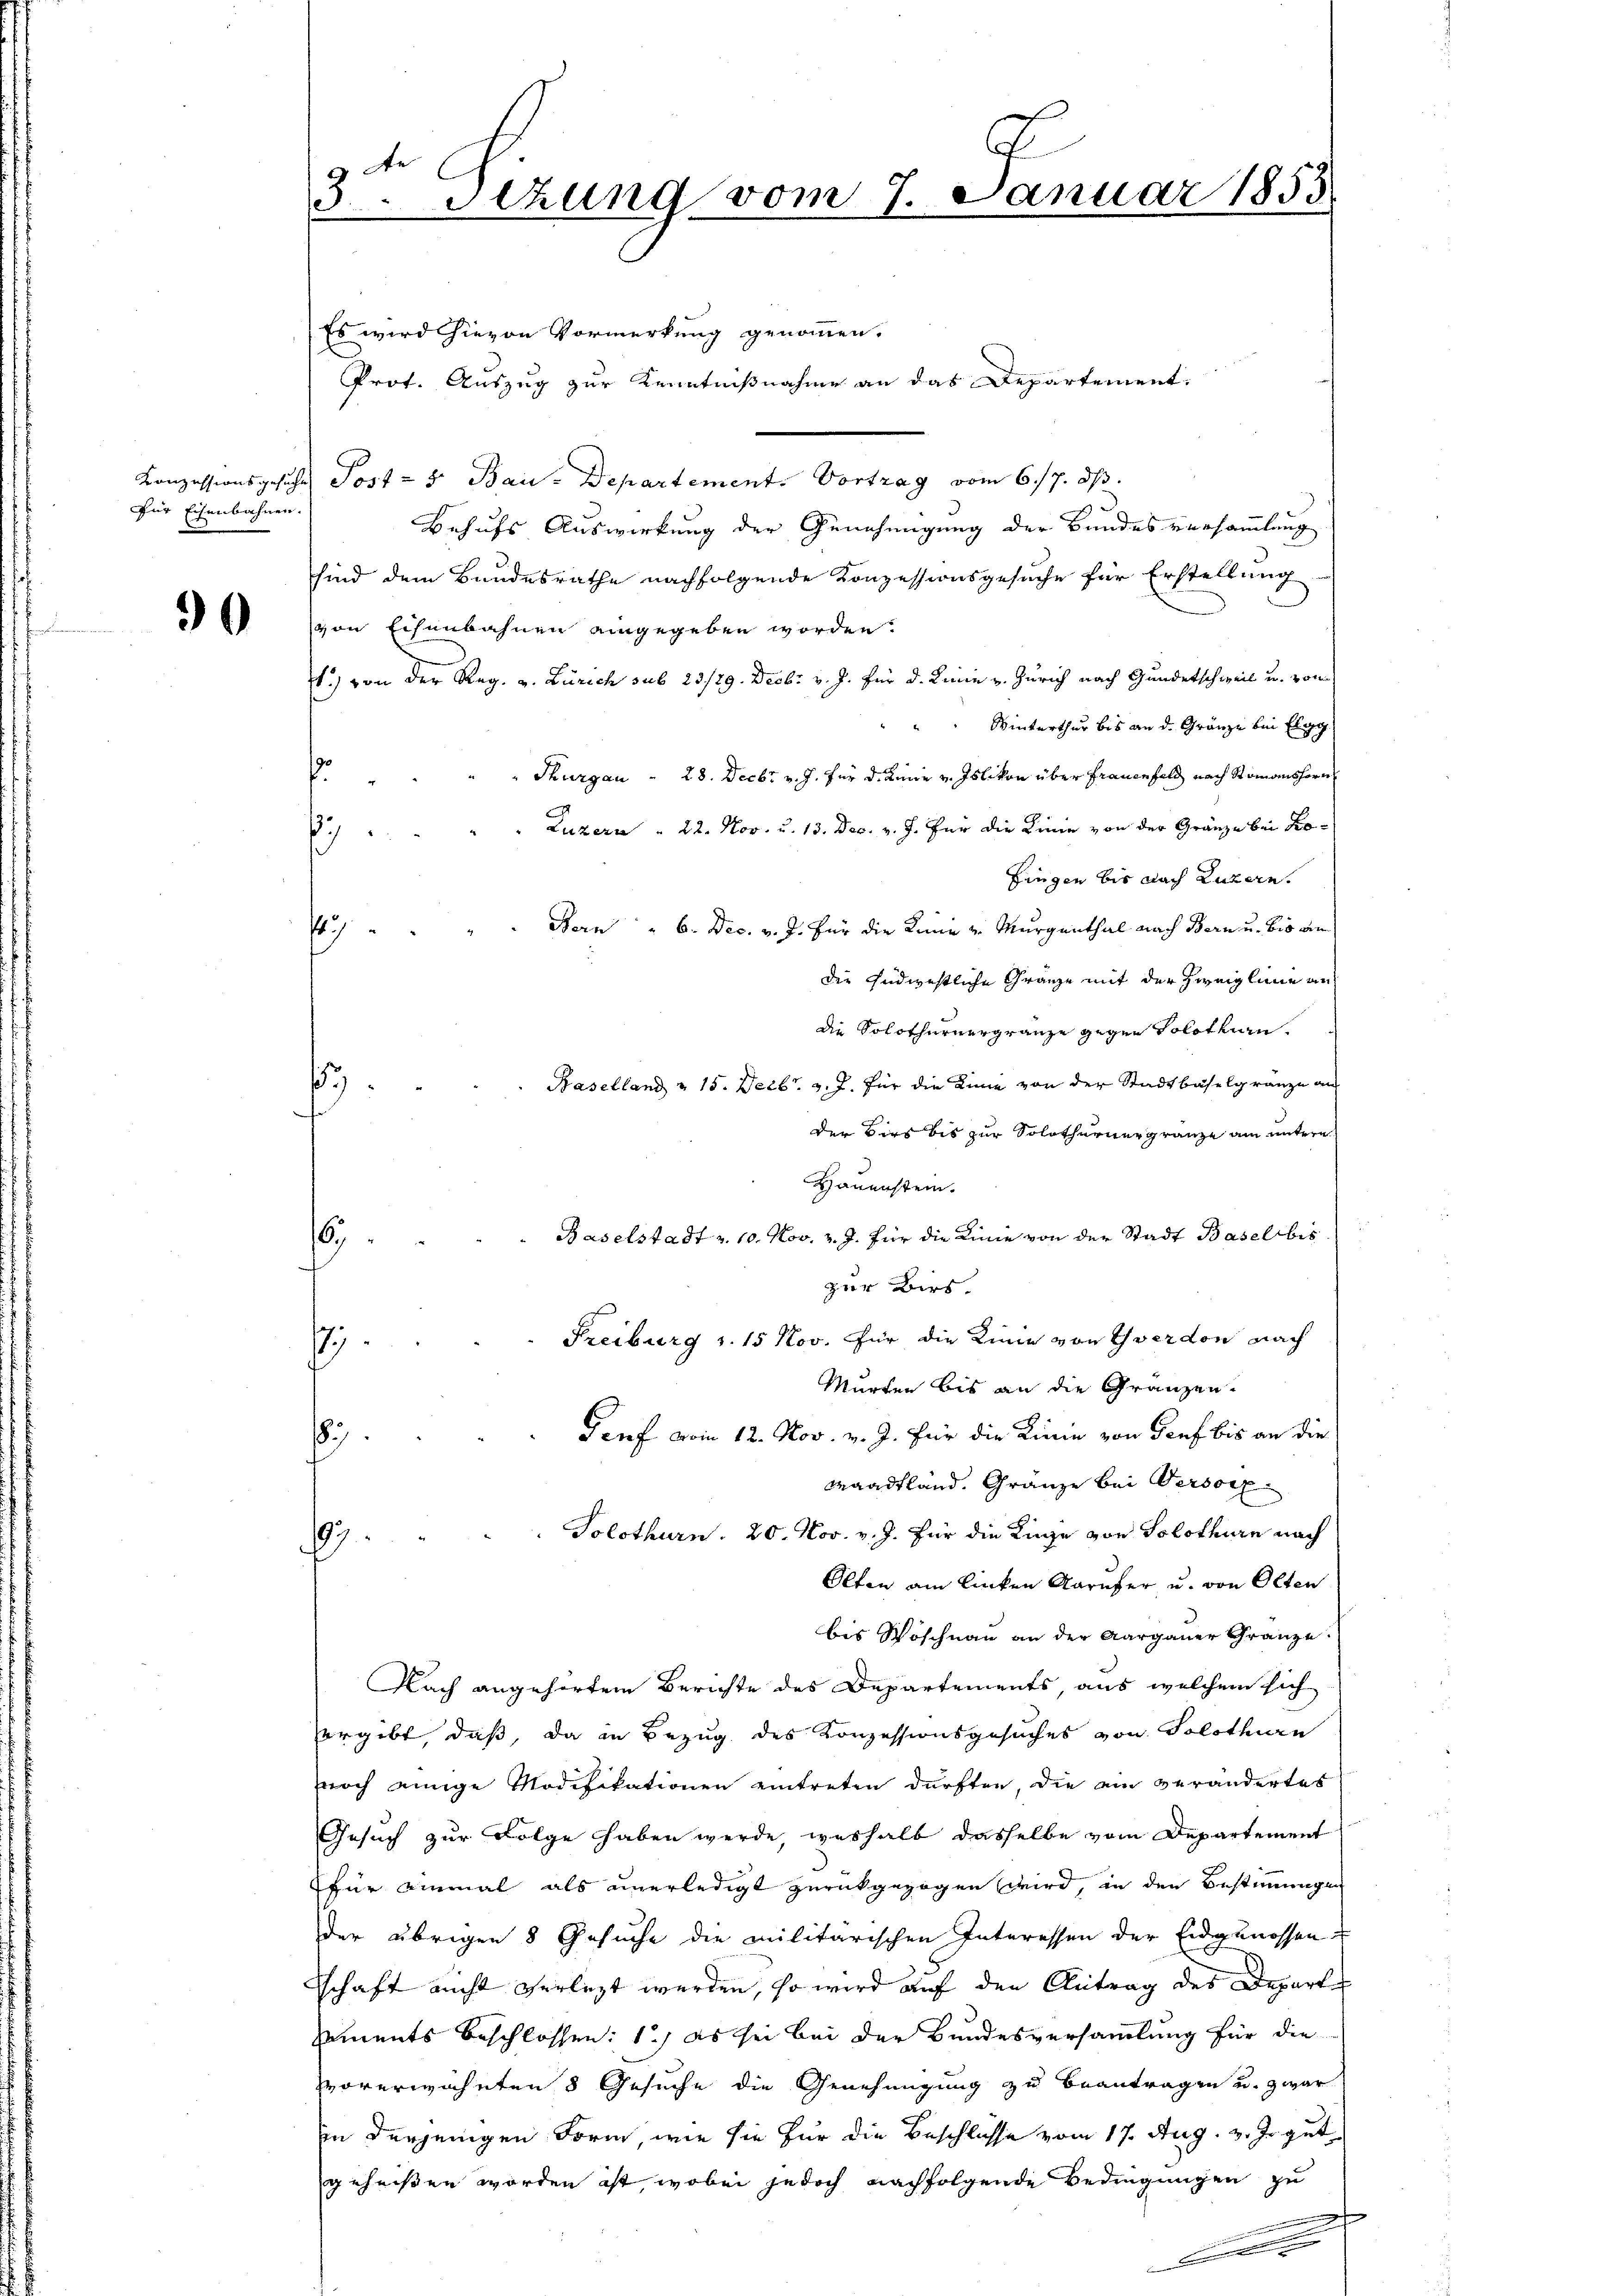
für Eisenbahnen.

9

3Stzung vom 7. Januar 1855.

Es wird hievon Vormerkung genommen.
Prof. Auszug zur Kenntnißnahme an das Departement.
Conzessionsgesuche Post- & Bau-Departement. Vortrag vom 6./7. ds.
Behufs Auswirkung der Genehmigung der Bundes versammlung
sind dem Bundesrathe nachfolgende Konzessionsgesuche für Erstellung
von Eisenbahnen eingegeben worden.
.) von der Reg. v. Zürich sub 23/29. Decbr v. J. für d. Linie v. Zürich nach Gundetschweil u. von
 Winterthur bis an d. Gränze bei Elgg
" Thurgau - 28. Decbr v. J. für d. Linie v. Islikon über Frauenfeld nach Romanshorn
¬
 Luzern " 22. Nov. u. 13. Dec. v. J. Für die Linie von der Gränze bei Kof
fingen bis nach Luzern.
s " " " " Bern " 6. Dec. v. J. für die Kinn u. Murgenthal nach Bern u. bis an
die Füdizestliche Gränze mit der Zweigline an
die Solothurner gränze gegen Solothurn.
 Baselland 15. Decbr. v. J. für die Linie von der Stadtbaselgränze au
.
der dies bis zur Solothurner gränze am untern
Hauenstein.
Baselstadt v. 10. Nov. v. J. für die Linie von der Stadt Baselbis
66
zur Birs
7.) Freiburg v. 15 Nov. für die Linie von Yverdon nach
Mürten bis an die Gränzen-
Genf vom 12. Nov. v. J. für die Linie von Genf bis an die
.
Maadtland. Gränze bei Versorg
Solothurn. 20. Nov. v. J. für die Kinge von Solothurn nach
97.
Olten ain linken Karufer u. von Olten
bis Woschnau an der Aargauer Gränze
Nach angehörtem Berichte des Departements aus welchem sich
ergibt, daß, da in Bezug des Konzessionsgesuches von Solothurn
noch einige Modifikationen eintreten dürften, die ein verändertes
Gesuch zur Folge haben werde, weshalb dasselbe vom Departement
für einmal als unerledigt zurückgezogen wird, in den Bestimmungen
der übrigen 8 Gesuche die militarischen Interessen der Eidgenossen
dschaft nicht verlegt werden, so wird auf den Antrag des Depart
ements beschlossen: 1) es sei bei der Bundesversammlung für die
vorerwähnten 8 Gesuche die Genehmigung zu beantragen u. zwar
in derjenigen Form, wie sie für die Beschlüsse vom 17. Aug. v. J. gut
geheißen worden ist, wobei jedoch nachfolgende Bedingungen zu
e
E